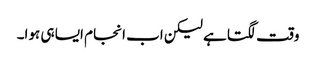
وقت لگتا ہے لیکن اب انجام ایسا ہی ہوا۔